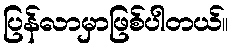
ပြန်လာမှာဖြစ်ပါတယ်။